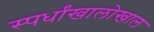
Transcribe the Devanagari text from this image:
स्पर्धांखालोखाल